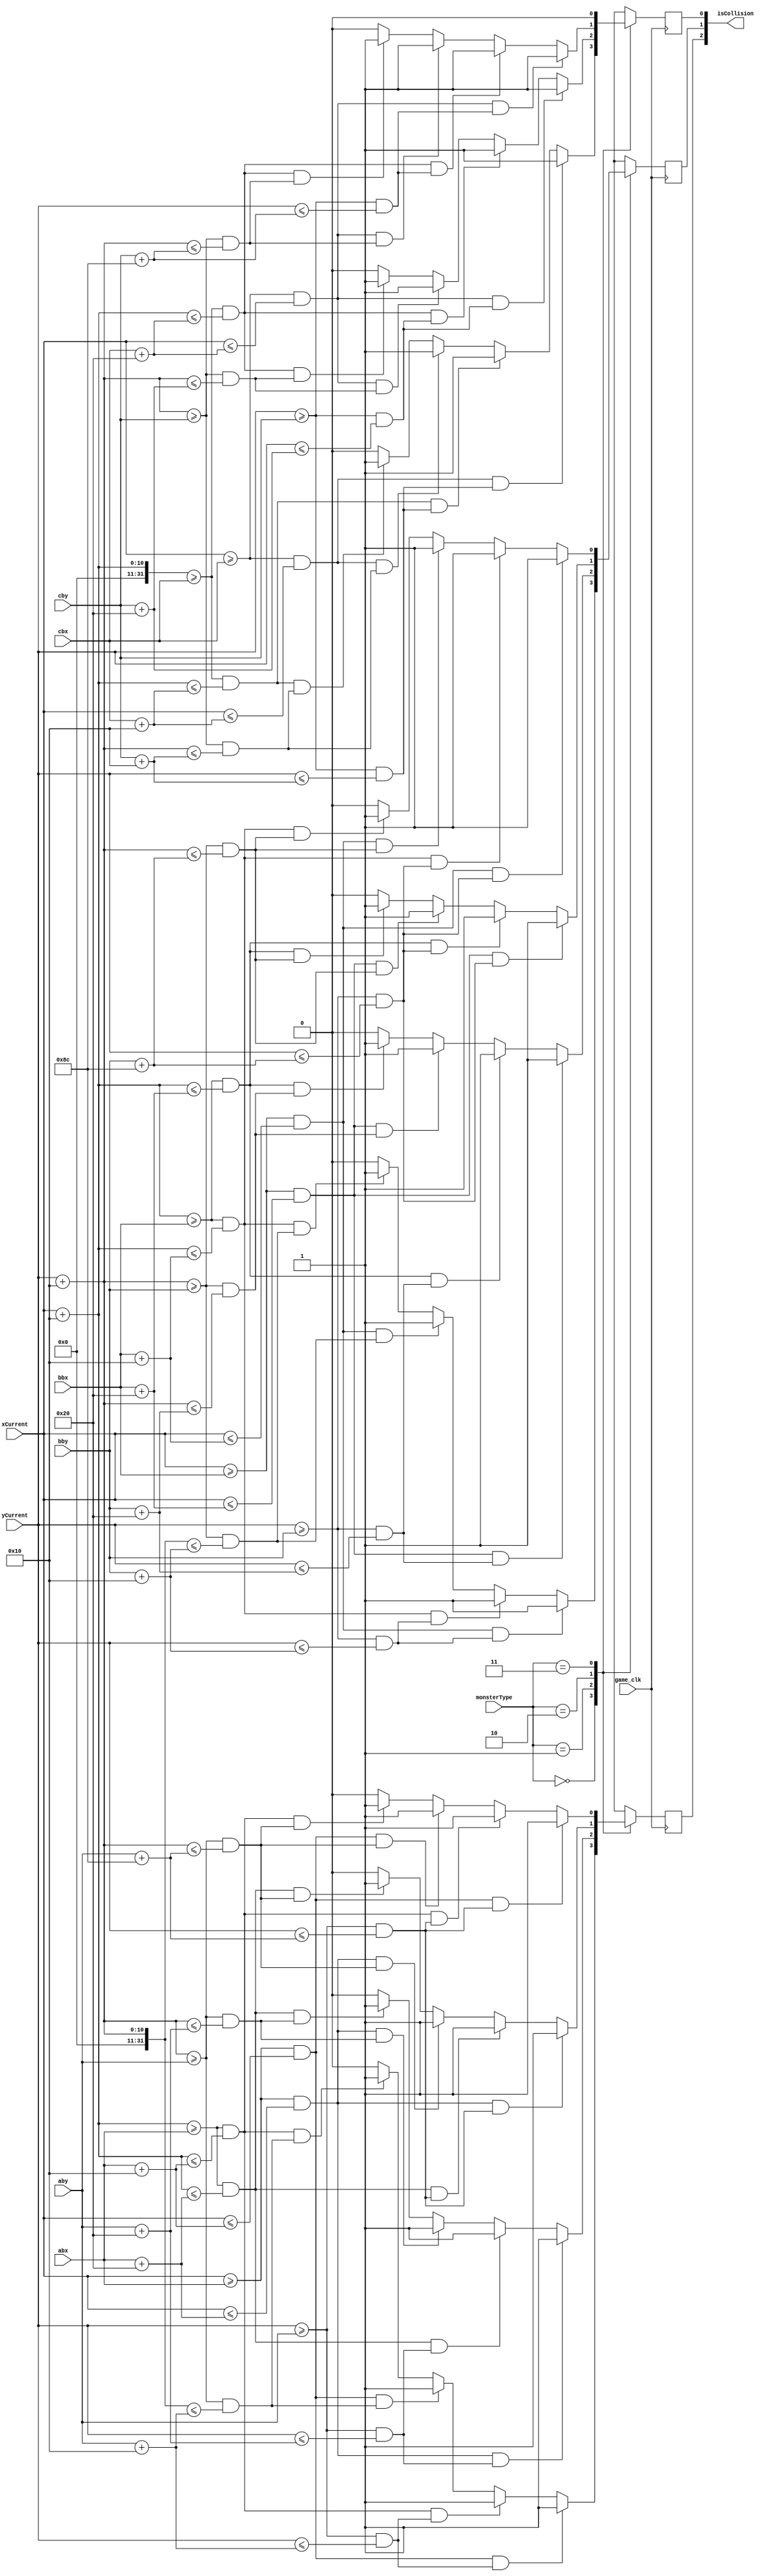
`timescale 1ns / 1ps
//////////////////////////////////////////////////////////////////////////////////
// Company: Chulalongkorn University
// Organization: This pug is on fire!
// 
// Design Name: 
// Module Name: colission
// Project Name: 
// Target Devices: 
// Tool Versions: 
// Description: 
// 
// Dependencies: 
// 
// Revision:
// Revision 0.01 - File Created
// Additional Comments:
// 
//////////////////////////////////////////////////////////////////////////////////


module colission(
    input game_clk,
    input [1:0]monsterType,
    input [9:0] abx,
    input [9:0] aby,
    input [9:0] bbx,
    input [9:0] bby,
    input [9:0] cbx,
    input [9:0] cby,
    input [9:0] xCurrent,
    input [9:0] yCurrent,
    output [2:0]isCollision
    );
    reg vseta,vsetb,vsetc;
    
    assign isCollision = {vseta,vsetb,vsetc}; //abc
    
//    initial
//    begin
//        vseta = 0;
//        vsetb = 0;
//        vsetc = 0;
//    end
    
    always @(posedge game_clk)
        begin
        case(monsterType)
            2'b00:
                begin
                    //bullet a
                    if(((xCurrent>=abx) && (xCurrent<=abx+16))&& ((yCurrent>=aby) && (yCurrent<=aby+16))) //top-left
                        begin
                            vseta = 1;
                        end
                    else if(((xCurrent+16>=abx) && (xCurrent+16<=abx+16))&& ((yCurrent>=aby) && (yCurrent<=aby+16)))//top-right
                        begin
                            vseta = 1;
                        end
                    else if(((xCurrent>=abx) && (xCurrent<=abx+16))&& ((yCurrent+16>=aby) && (yCurrent+16<=aby+16)))//bottom-left
                        begin;
                            vseta = 1;
                        end
                    else if(((xCurrent+16>=abx) && (xCurrent+16<=abx+16))&& ((yCurrent+16>=aby) && (yCurrent+16<=aby+16)))//bottom-right
                        begin
                            vseta = 1;
                        end
                    else
                        begin
                            vseta =0;
                        end
                    //bullet b    
                    if(((xCurrent>=bbx) && (xCurrent<=bbx+16))&& ((yCurrent>=bby) && (yCurrent<=bby+16))) //top-left
                        begin
                            vsetb = 1;
                        end
                    else if(((xCurrent+16>=bbx) && (xCurrent+16<=bbx+16))&& ((yCurrent>=bby) && (yCurrent<=bby+16)))//top-right
                        begin
                            vsetb = 1;
                        end
                    else if(((xCurrent>=bbx) && (xCurrent<=bbx+16))&& ((yCurrent+16>=bby) && (yCurrent+16<=bby+16)))//bottom-left
                        begin
                            vsetb = 1;
                        end
                    else if(((xCurrent+16>=bbx) && (xCurrent+16<=bbx+16))&& ((yCurrent+16>=bby) && (yCurrent+16<=bby+16)))//bottom-right
                        begin
                            vsetb = 1;
                        end
                    else
                        begin
                            vsetb =0;
                        end 
                    //bullet c    
                    if(((xCurrent>=cbx) && (xCurrent<=cbx+16))&& ((yCurrent>=cby) && (yCurrent<=cby+16))) //top-left
                        begin
                            vsetc = 1;
                        end
                    else if(((xCurrent+16>=cbx) && (xCurrent+16<=cbx+16))&& ((yCurrent>=cby) && (yCurrent<=cby+16)))//top-right
                        begin
                            vsetc = 1;
                        end
                    else if(((xCurrent>=cbx) && (xCurrent<=cbx+16))&& ((yCurrent+16>=cby) && (yCurrent+16<=cby+16)))//bottom-left
                        begin
                            vsetc = 1;
                        end
                    else if(((xCurrent+16>=cbx) && (xCurrent+16<=cbx+16))&& ((yCurrent+16>=cby) && (yCurrent+16<=cby+16)))//bottom-right
                        begin
                            vsetc = 1;
                        end     
                    else
                        begin
                            vsetc =0;
                        end
                end
            2'b01:
                begin
                    if(((xCurrent>=abx) && (xCurrent<=abx+32))&& ((yCurrent>=aby) && (yCurrent<=aby+32))) //top-left
                        begin
                            vseta = 1;
                        end
                    else if(((xCurrent+16>=abx) && (xCurrent+16<=abx+32))&& ((yCurrent>=aby) && (yCurrent<=aby+32)))//top-right
                        begin
                            vseta = 1;
                        end
                    else if(((xCurrent>=abx) && (xCurrent<=abx+32))&& ((yCurrent+16>=aby) && (yCurrent+16<=aby+32)))//bottom-left
                        begin
                            vseta = 1;
                        end
                    else if(((xCurrent+16>=abx) && (xCurrent+16<=abx+32))&& ((yCurrent+16>=aby) && (yCurrent+16<=aby+32)))//bottom-right
                        begin
                            vseta = 1;
                        end
                    else
                        begin
                            vseta =0;
                        end
                    //bullet b    
                    if(((xCurrent>=bbx) && (xCurrent<=bbx+32))&& ((yCurrent>=bby) && (yCurrent<=bby+32))) //top-left
                        begin
                            vsetb = 1;
                        end
                    else if(((xCurrent+16>=bbx) && (xCurrent+16<=bbx+32))&& ((yCurrent>=bby) && (yCurrent<=bby+32)))//top-right
                        begin
                            vsetb = 1;
                        end
                    else if(((xCurrent>=bbx) && (xCurrent<=bbx+32))&& ((yCurrent+16>=bby) && (yCurrent+16<=bby+32)))//bottom-left
                        begin
                            vsetb = 1;
                        end
                    else if(((xCurrent+16>=bbx) && (xCurrent+16<=bbx+32))&& ((yCurrent+16>=bby) && (yCurrent+16<=bby+32)))//bottom-right
                        begin
                            vsetb = 1;
                        end
                    else
                        begin
                            vsetb =0;
                        end 
                    //bullet c    
                    if(((xCurrent>=cbx) && (xCurrent<=cbx+32))&& ((yCurrent>=cby) && (yCurrent<=cby+32))) //top-left
                        begin
                            vsetc = 1;
                        end
                    else if(((xCurrent+16>=cbx) && (xCurrent+16<=cbx+32))&& ((yCurrent>=cby) && (yCurrent<=cby+32)))//top-right
                        begin
                            vsetc = 1;
                        end
                    else if(((xCurrent>=cbx) && (xCurrent<=cbx+32))&& ((yCurrent+16>=cby) && (yCurrent+16<=cby+32)))//bottom-left
                        begin
                            vsetc = 1;
                        end
                    else if(((xCurrent+16>=cbx) && (xCurrent+16<=cbx+32))&& ((yCurrent+16>=cby) && (yCurrent+16<=cby+32)))//bottom-right
                        begin
                            vsetc = 1;
                        end 
                    else
                        begin
                            vsetc =0;
                        end 
                end
            2'b10://32x140
                begin
                    if(((xCurrent>=abx) && (xCurrent<=abx+32))&& ((yCurrent>=aby) && (yCurrent<=aby+140))) //top-left
                        begin
                            vseta = 1;
                        end
                    else if(((xCurrent+16>=abx) && (xCurrent+16<=abx+32))&& ((yCurrent>=aby) && (yCurrent<=aby+140)))//top-right
                        begin
                            vseta = 1;
                        end
                    else if(((xCurrent>=abx) && (xCurrent<=abx+32))&& ((yCurrent+16>=aby) && (yCurrent+16<=aby+140)))//bottom-left
                        begin
                            vseta = 1;
                        end
                    else if(((xCurrent+16>=abx) && (xCurrent+16<=abx+32))&& ((yCurrent+16>=aby) && (yCurrent+16<=aby+140)))//bottom-right
                        begin
                            vseta = 1;
                        end
                    else
                        begin
                            vseta =0;
                        end
                    //bullet b    
                    if(((xCurrent>=bbx) && (xCurrent<=bbx+32))&& ((yCurrent>=bby) && (yCurrent<=bby+140))) //top-left
                        begin
                            vsetb = 1;
                        end
                    else if(((xCurrent+16>=bbx) && (xCurrent+16<=bbx+32))&& ((yCurrent>=bby) && (yCurrent<=bby+140)))//top-right
                        begin
                            vsetb = 1;
                        end
                    else if(((xCurrent>=bbx) && (xCurrent<=bbx+32))&& ((yCurrent+16>=bby) && (yCurrent+16<=bby+140)))//bottom-left
                        begin
                            vsetb = 1;
                        end
                    else if(((xCurrent+16>=bbx) && (xCurrent+16<=bbx+32))&& ((yCurrent+16>=bby) && (yCurrent+16<=bby+140)))//bottom-right
                        begin
                            vsetb = 1;
                        end
                    else
                        begin
                            vsetb =0;
                        end 
                    //bullet c    
                    if(((xCurrent>=cbx) && (xCurrent<=cbx+32))&& ((yCurrent>=cby) && (yCurrent<=cby+140))) //top-left
                        begin
                            vsetc = 1;
                        end
                    else if(((xCurrent+16>=cbx) && (xCurrent+16<=cbx+32))&& ((yCurrent>=cby) && (yCurrent<=cby+140)))//top-right
                        begin
                            vsetc = 1;
                        end
                    else if(((xCurrent>=cbx) && (xCurrent<=cbx+32))&& ((yCurrent+16>=cby) && (yCurrent+16<=cby+140)))//bottom-left
                        begin
                            vsetc = 1;
                        end
                    else if(((xCurrent+16>=cbx) && (xCurrent+16<=cbx+32))&& ((yCurrent+16>=cby) && (yCurrent+16<=cby+140)))//bottom-right
                        begin
                            vsetc = 1;
                        end
                    else
                        begin
                            vsetc =0;
                        end  
                end
            2'b11: // 16x140
                begin
                    begin
                    if(((xCurrent>=abx) && (xCurrent<=abx+16))&& ((yCurrent>=aby) && (yCurrent<=aby+140))) //top-left
                        begin
                            vseta = 1;
                        end
                    else if(((xCurrent+16>=abx) && (xCurrent+16<=abx+16))&& ((yCurrent>=aby) && (yCurrent<=aby+140)))//top-right
                        begin
                            vseta = 1;
                        end
                    else if(((xCurrent>=abx) && (xCurrent<=abx+16))&& ((yCurrent+16>=aby) && (yCurrent+16<=aby+140)))//bottom-left
                        begin
                            vseta = 1;
                        end
                    else if(((xCurrent+16>=abx) && (xCurrent+16<=abx+16))&& ((yCurrent+16>=aby) && (yCurrent+16<=aby+140)))//bottom-right
                        begin
                            vseta = 1;
                        end
                    else
                        begin
                            vseta =0;
                        end
                    //bullet b    
                    if(((xCurrent>=bbx) && (xCurrent<=bbx+16))&& ((yCurrent>=bby) && (yCurrent<=bby+140))) //top-left
                        begin
                            vsetb = 1;
                        end
                    else if(((xCurrent+16>=bbx) && (xCurrent+16<=bbx+16))&& ((yCurrent>=bby) && (yCurrent<=bby+140)))//top-right
                        begin
                            vsetb = 1;
                        end
                    else if(((xCurrent>=bbx) && (xCurrent<=bbx+16))&& ((yCurrent+16>=bby) && (yCurrent+16<=bby+140)))//bottom-left
                        begin
                            vsetb = 1;
                        end
                    else if(((xCurrent+16>=bbx) && (xCurrent+16<=bbx+16))&& ((yCurrent+16>=bby) && (yCurrent+16<=bby+140)))//bottom-right
                        begin
                            vsetb = 1;
                        end
                     else
                        begin
                            vsetb =0;
                        end
                    //bullet c    
                    if(((xCurrent>=cbx) && (xCurrent<=cbx+16))&& ((yCurrent>=cby) && (yCurrent<=cby+140))) //top-left
                        begin
                            vsetc =0;
                        end
                    else if(((xCurrent+16>=cbx) && (xCurrent+16<=cbx+16))&& ((yCurrent>=cby) && (yCurrent<=cby+140)))//top-right
                        begin
                            vsetc =0;
                        end
                    else if(((xCurrent>=cbx) && (xCurrent<=cbx+16))&& ((yCurrent+16>=cby) && (yCurrent+16<=cby+140)))//bottom-left
                        begin
                            vsetc =0;
                        end
                    else if(((xCurrent+16>=cbx) && (xCurrent+16<=cbx+16))&& ((yCurrent+16>=cby) && (yCurrent+16<=cby+140)))//bottom-right
                        begin
                            vsetc =0;
                        end 
                    else
                        begin
                            vsetc =0;
                        end 
                end
                end
        endcase
        end
endmodule